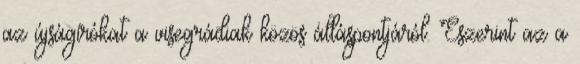
az újságírókat a visegrádiak közös álláspontjáról. Eszerint az a